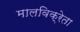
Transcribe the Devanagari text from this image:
मालविक्रेता